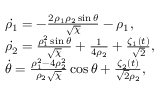
\begin{array} { r l r } & { \dot { \rho _ { 1 } } = - \frac { 2 \rho _ { 1 } \rho _ { 2 } \sin \theta } { \sqrt { \chi } } - \rho _ { 1 } , } & \\ & { \dot { \rho _ { 2 } } = \frac { \rho _ { 1 } ^ { 2 } \sin \theta } { \sqrt { \chi } } + \frac { 1 } { 4 \rho _ { 2 } } + \frac { \zeta _ { 1 } ( t ) } { \sqrt { 2 } } , } & \\ & { \dot { \theta } = \frac { \rho _ { 1 } ^ { 2 } - 4 \rho _ { 2 } ^ { 2 } } { \rho _ { 2 } \sqrt { \chi } } \cos \theta + \frac { \zeta _ { 2 } ( t ) } { \sqrt { 2 } \rho _ { 2 } } , } \end{array}